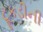
ટૂકડીની